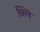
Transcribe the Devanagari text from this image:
क्लि